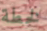
لخطة